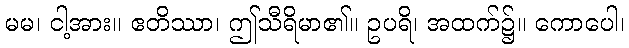
မမ၊ ငါ့အား။ ဧတိဿာ၊ ဤသီရိမာ၏။ ဥပရိ၊ အထက်၌။ ကောပေါ၊